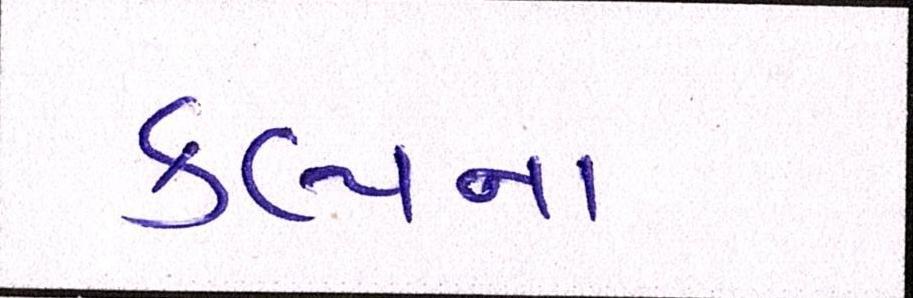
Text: કલ્પના